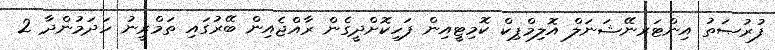
ފުރުޞަތު އިންޓަރނޭޝަނަލް އޮލިމްޕިކް ކޮމިޓީއިން ފަހިކޮށްދީގެން ރާއްޖެއިން ބޭރުގައި ތަމްރީނު ހަދަމުންދާ 2